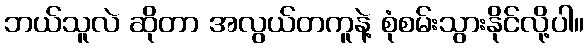
ဘယ်သူလဲ ဆိုတာ အလွယ်တကူနဲ့ စုံစမ်းသွားနိုင်လို့ပါ။